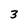
Character: 3